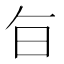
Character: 𭥍